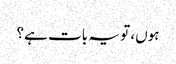
ہوں، تو یہ بات ہے؟